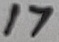
Text: 17